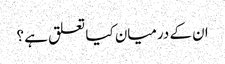
ان کے درمیان کیا تعلق ہے ؟